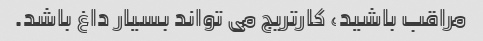
مراقب باشید، کارتریج می تواند بسیار داغ باشد.